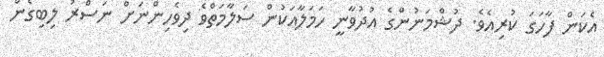
އެކަން ފާހަގަ ކުރިއެވެ. ދުޝްމަނުންގެ އުދުވާނީ ހަމަލާއަކުން ސަލާމަތްވެ ދިވެހިންނަށް ނަސްރު ލިބިގެން